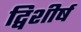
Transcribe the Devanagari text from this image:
द्विशीर्ष